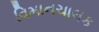
વિમાનચાલક